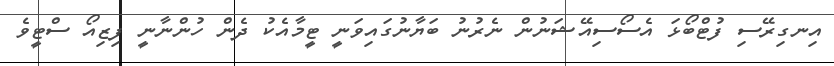
އިނގިރޭސި ފުޓްބޯޅަ އެސޯސިއޭޝަނުން ނެރުނު ބަޔާނުގައިވަނީ ޓީމާއެކު ދެން ހުންނާނީ ފިޒިއޯ ސްޓީވެ